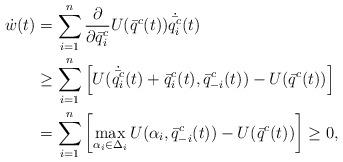
LaTeX: \begin{align*}\dot w(t) & = \sum\limits_{i=1}^n \frac{\partial}{\partial \bar q^c_i}U(\bar q^c(t))\dot{\bar{q^c}}_i(t)\\& \geq \sum\limits_{i=1}^n \left[U(\dot{\bar{q^c}}_i(t) + \bar q^c_i(t),\bar q^c_{-i}(t)) - U(\bar q^c(t))\right]\\& = \sum\limits_{i=1}^n \left[\max_{\alpha_i \in \Delta_i} U(\alpha_i,\bar q^c_{-i}(t)) - U(\bar q^c(t)) \right]\geq 0,\end{align*}